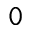
\mathtt { 0 }